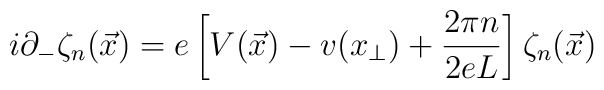
i\partial_- \zeta_n(\vec{x}) = e\left[ V(\vec{x})-v(x_{\perp})+ \frac{2\pi n}{2eL}\right] \zeta_n(\vec{x})